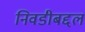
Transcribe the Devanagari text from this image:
निवडीबद्दल